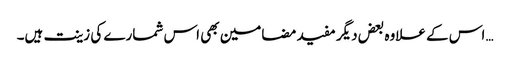
… اس کے علاوہ بعض دیگر مفید مضامین بھی اس شمارے کی زینت ہیں۔